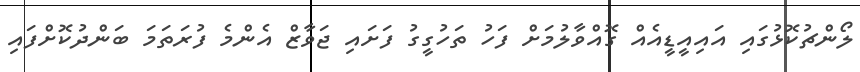
ލޯންޗުކޮޅުގައި އައިއީޑީއެއް ގޮއްވާލުމަށް ފަހު ތަހުގީގު ފަށައި ޖަވާޒް އެންމެ ފުރަތަމަ ބަންދުކޮށްފައި